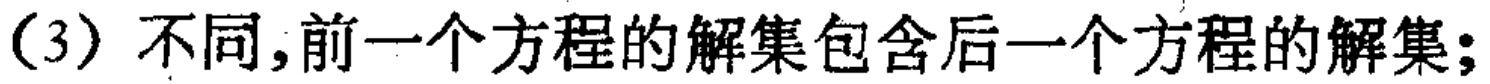
(3) 不同,前一个方程的解集包含后一个方程的解集;